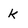
Character: k